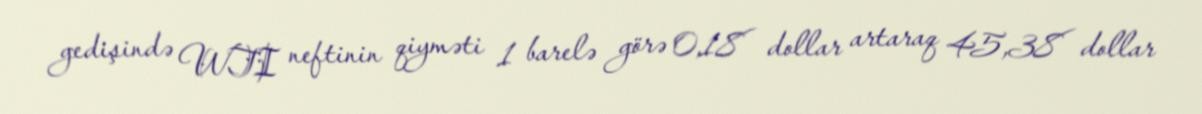
gedişində WTI neftinin qiyməti 1 barelə görə 0,18 dollar artaraq 45,38 dollar